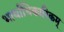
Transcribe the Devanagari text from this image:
भार्याधिकारिकम्